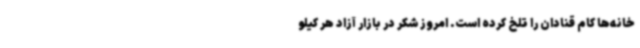
خانه‌ها کام قنادان را تلخ کرده است. امروز شکر در بازار آزاد هر کیلو